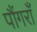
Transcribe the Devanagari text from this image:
पौंगराँ